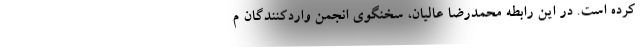
کرده است. در این رابطه محمدرضا عالیان، سخنگوی انجمن واردکنندگان م